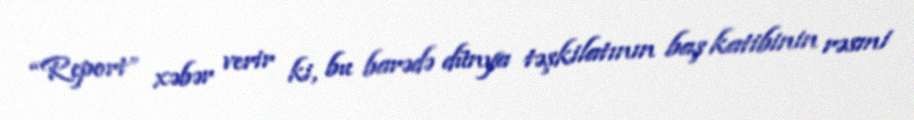
“Report” xəbər verir ki, bu barədə dünya təşkilatının baş katibinin rəsmi